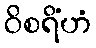
ဝိစရိံဟံ